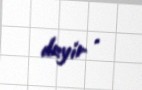
deyir .